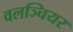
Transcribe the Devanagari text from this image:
वलञ्चियर